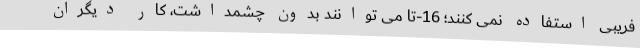
فریبی استفاده نمی­ کنند؛ 16-تا می ­توانند بدون چشمداشت، کار دیگران